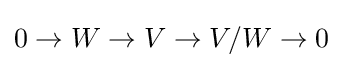
0\rightarrow W\rightarrow V\rightarrow V/W\rightarrow 0